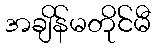
အချိန်မတိုင်မီ